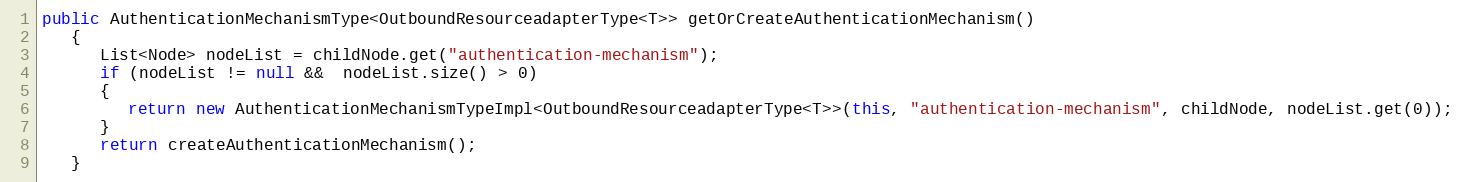
Language: Java
public AuthenticationMechanismType<OutboundResourceadapterType<T>> getOrCreateAuthenticationMechanism()
   {
      List<Node> nodeList = childNode.get("authentication-mechanism");
      if (nodeList != null &&  nodeList.size() > 0)
      {
         return new AuthenticationMechanismTypeImpl<OutboundResourceadapterType<T>>(this, "authentication-mechanism", childNode, nodeList.get(0));
      }
      return createAuthenticationMechanism();
   }